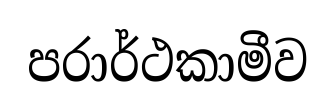
පරාර්ථකාමීව